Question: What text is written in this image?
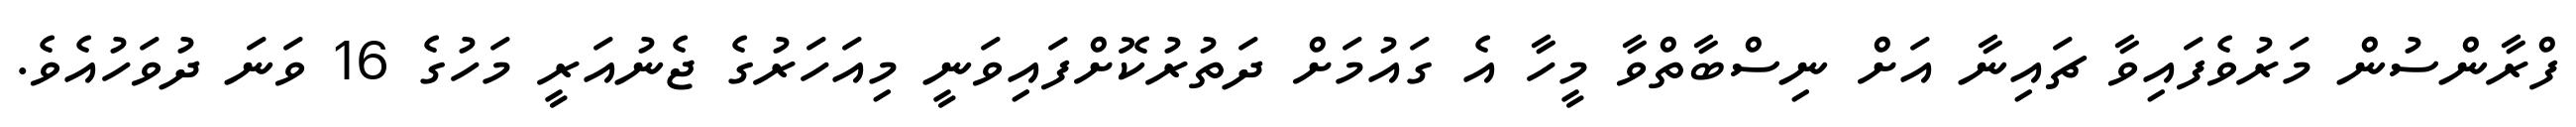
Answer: ފްރާންސުން މަރުވެފައިވާ ޗައިނާ އަށް ނިސްބާތްވާ މީހާ އެ ގައުމަށް ދަތުރުކޮށްފައިވަނީ މިއަހަރުގެ ޖެނުއަރީ މަހުގެ 16 ވަނަ ދުވަހުއެވެ.